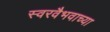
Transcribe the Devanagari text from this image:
स्वरवैभवाच्या